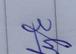
Signature authenticity: genuine